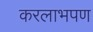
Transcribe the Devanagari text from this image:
करलाभपण